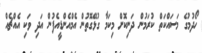
ހޯދުމުގެ މަސައްކަތް ކުރަމުން ދަނިކޮށް މިކަމާ ގުޅޭގޮތުން އެމްއެންޑީއެފުން އަދި ވަކި އެއްޗެއް